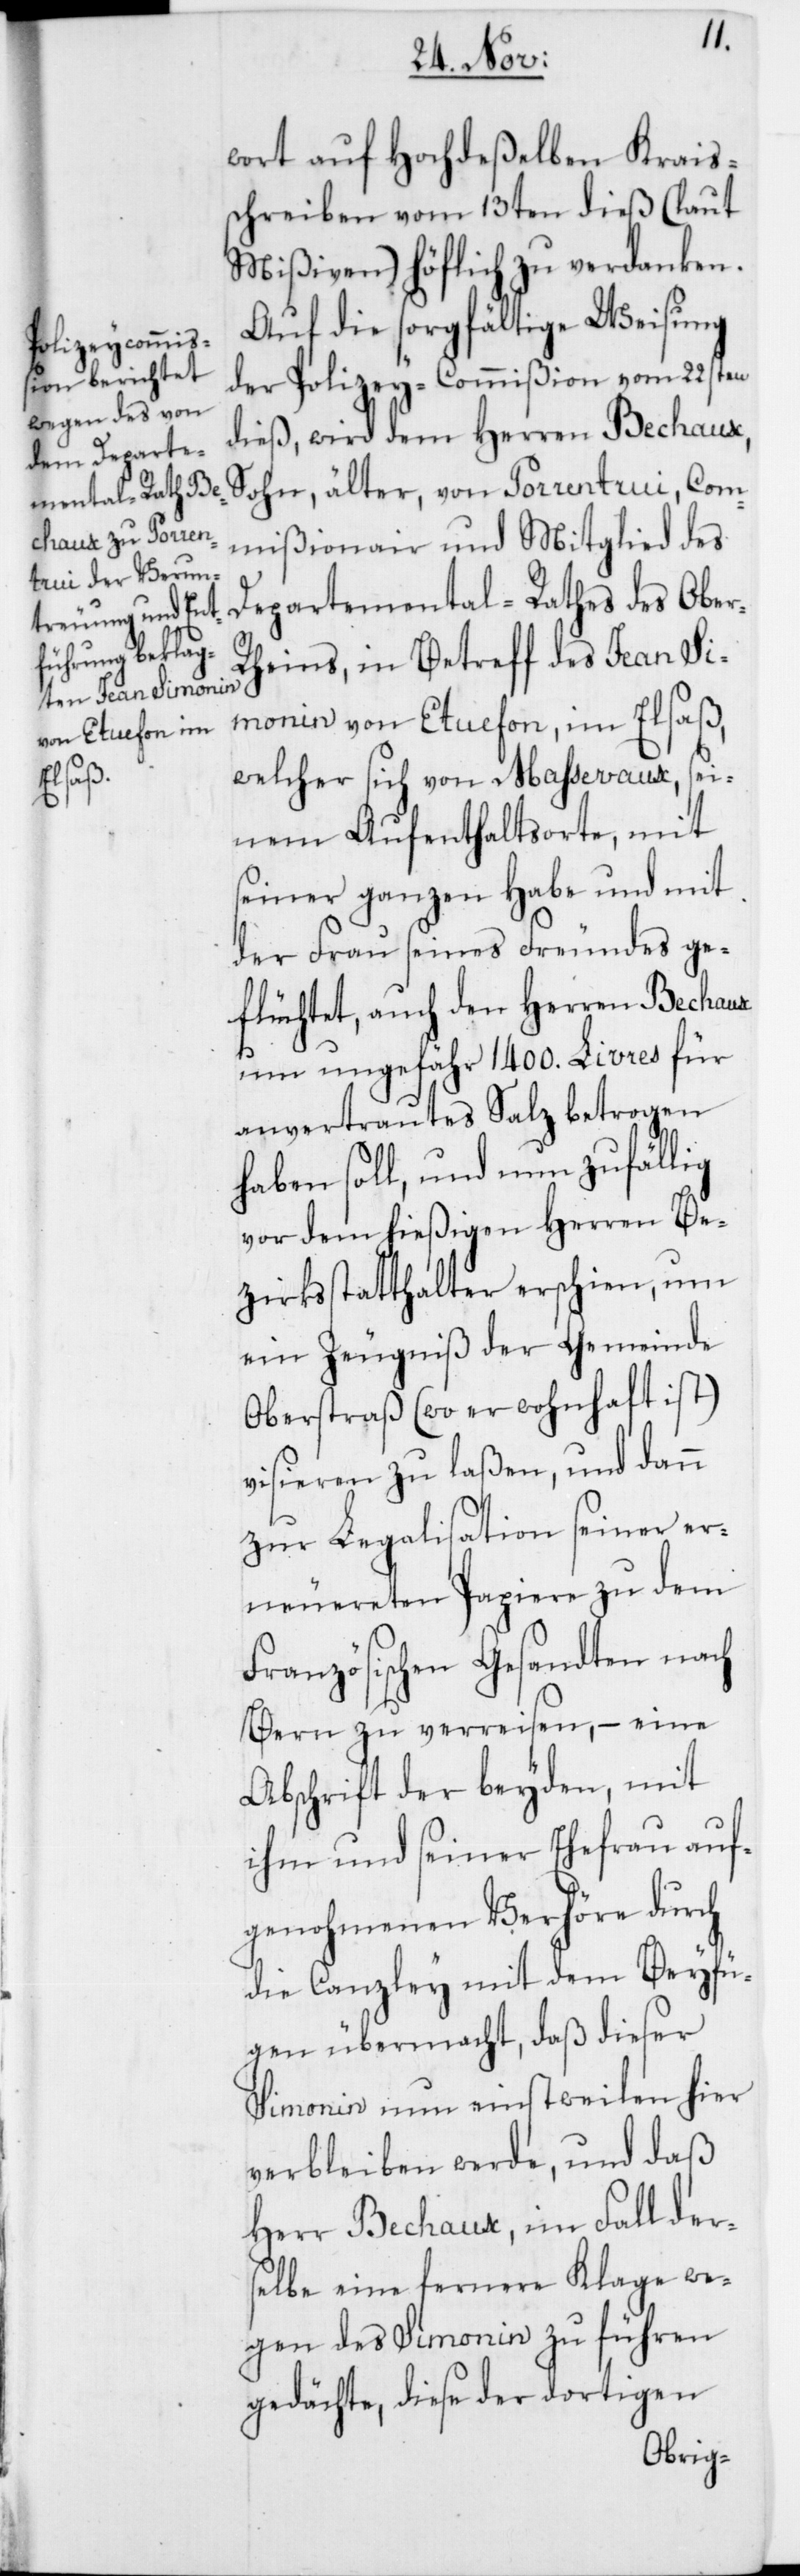
r-R¬

wort auf Hochdeßelben Krais¬
schreiben vom 13ten dieß (laut
Mißiven) höflich zu verdanken.
Auf die sorgfältige Weisung
der Polizey-Commißion vom 22sten
dieß, wird dem Herren Bechaux,
Sohn, älter, von Porrentruy, Com¬
mißionair und Mitglied des
Departemenal-Rathes des Obe¬
heins, in Betreff des Jean Si¬
monin von Etuefon im Elsaß,
welcher sich von Massevaux, sei¬
nem Aufenthaltsorte, mit
seiner ganzen Habe und mit
der Frau seines Freundes ge¬
flüchtet, auch den Herren Bechaux
um ungefähr 1400. Livres für
anvertrautes Salz betrogen
haben soll, und nun zufällig
vor dem hießigen Herren Be¬
zirksstatthalter erschien, um
ein Zeugniß der Gemeinde
Oberstraß (wo er wohnhaft ist)
visieren zu laßen, und dann
zur Legalisation seiner er¬
neuereten Papiere zu dem
Französischen Gesandten nach
Bern zu verreisen, – eine
Abschrift der beyden, mit
ihm und seiner Ehefrau auf¬
genohmenen Verhöre durch
die Canzley mit dem Beyfü¬
gen übermacht, daß dieser
Simonin nun einstweilen hier
verbleiben werde, und daß
Herr Bechaux, im Fall der¬
selbe eine fernere Klage we¬
gen des Simonin zu führen
gedächte, diese der dortigen